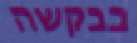
בבקשה